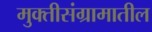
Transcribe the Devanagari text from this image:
मुक्तीसंग्रामातील